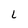
Character: L